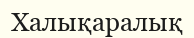
Халықаралық